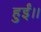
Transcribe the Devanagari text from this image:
हुईं।।